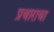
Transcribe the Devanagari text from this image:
प्रचाराचा